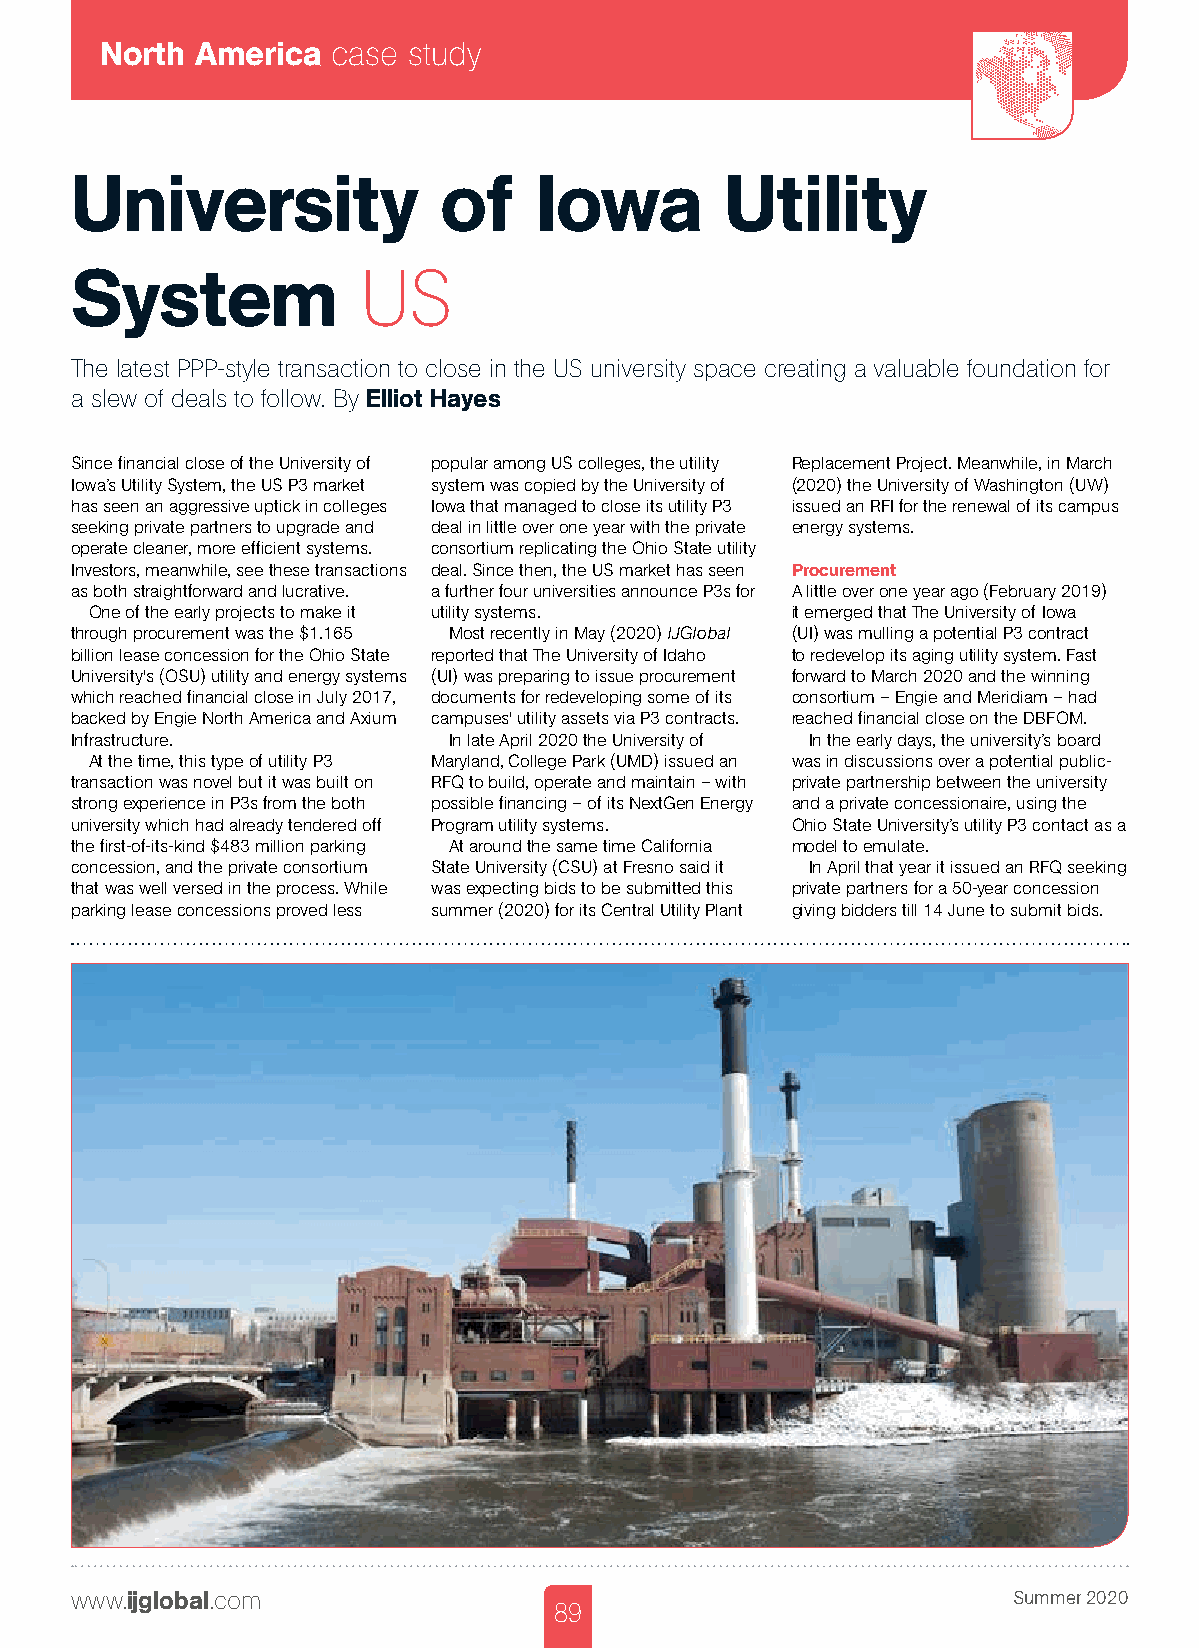
North America  case study
 University              of    Iowa         Utility
 System             US
 The latest PPP-style transaction to close in the US university space creating a valuable foundation for
 a slew of deals to follow. By Elliot Hayes
 Since financial close of the University of popular among US colleges, the utility Replacement Project. Meanwhile, in March
 Iowa’s Utility System, the US P3 market system was copied by the University of (2020) the University of Washington (UW)
 has seen an aggressive uptick in colleges Iowa that managed to close its utility P3 issued an RFI for the renewal of its campus
 seeking private partners to upgrade and deal in little over one year with the private energy systems.
 operate cleaner, more efficient systems. consortium replicating the Ohio State utility
 Investors, meanwhile, see these transactions deal. Since then, the US market has seen Procurement
 as both straightforward and lucrative. a further four universities announce P3s for A little over one year ago (February 2019)
 One of the early projects to make it utility systems. it emerged that The University of Iowa
 through procurement was the $1.165 Most recently in May (2020) IJGlobal (UI) was mulling a potential P3 contract
 billion lease concession for the Ohio State reported that The University of Idaho to redevelop its aging utility system. Fast
 University's (OSU) utility and energy systems (UI) was preparing to issue procurement forward to March 2020 and the winning
 which reached financial close in July 2017, documents for redeveloping some of its consortium – Engie and Meridiam – had
 backed by Engie North America and Axium campuses' utility assets via P3 contracts. reached financial close on the DBFOM.
 Infrastructure.          In late April 2020 the University of In the early days, the university’s board
 At the time, this type of utility P3 Maryland, College Park (UMD) issued an was in discussions over a potential public-
 transaction was novel but it was built on RFQ to build, operate and maintain – with private partnership between the university
 strong experience in P3s from the both possible financing – of its NextGen Energy and a private concessionaire, using the
 university which had already tendered off Program utility systems. Ohio State University’s utility P3 contact as a
 the first-of-its-kind $483 million parking At around the same time California model to emulate.
 concession, and the private consortium State University (CSU) at Fresno said it In April that year it issued an RFQ seeking
 that was well versed in the process. While was expecting bids to be submitted this private partners for a 50-year concession
 parking lease concessions proved less summer (2020) for its Central Utility Plant giving bidders till 14 June to submit bids.
 www.ijglobal.com                                              Summer 2020
 89